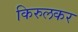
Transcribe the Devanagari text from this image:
किरुलकर